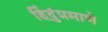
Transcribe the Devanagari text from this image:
हिंदुंप्रमाणे